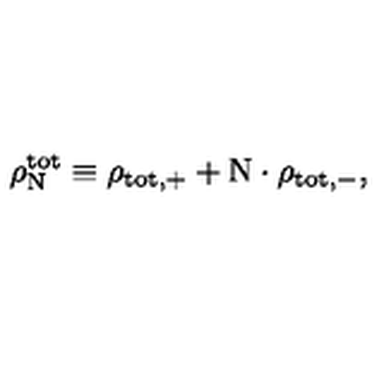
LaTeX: \rho _ { \mathrm { N } } ^ { \mathrm { t o t } } \equiv \rho _ { \mathrm { t o t } , + } + \mathrm { N } \cdot { \rho } _ { \mathrm { t o t } , - } ,